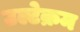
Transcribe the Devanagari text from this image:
उल्टेक्रम